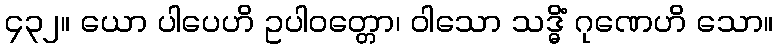
၄၃၂။ ယော ပါပေဟိ ဥပါဝတ္တော၊ ဝါသော သဒ္ဓိံ ဂုဏေဟိ သော။